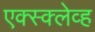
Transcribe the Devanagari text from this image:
एक्स्क्लेव्ह